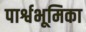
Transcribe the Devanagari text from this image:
पार्श्वभूमिका